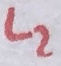
Text: L2